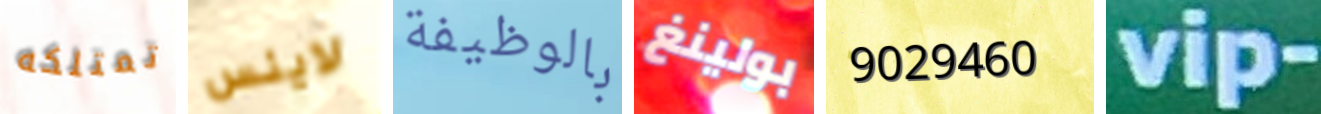
تمتلكه لاينس بالوظيفة بولينغ 9029460 vip-